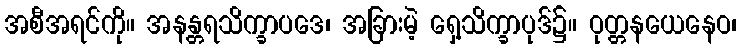
အစီအရင်ကို။ အနန္တရသိက္ခာပဒေ၊ အခြားမဲ့ ရှေ့သိက္ခာပုဒ်၌။ ဝုတ္တနယေနေဝ၊